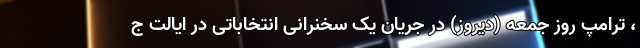
، ترامپ روز جمعه (دیروز) در جریان یک سخنرانی انتخاباتی در ایالت ج